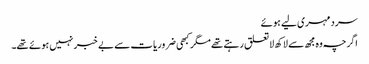
سرد مہری لیے ہوئے
اگرچہ وہ مجھ سے لاکھ لاتعلق رہتے تھے مگر کبھی ضروریات سے بے خبر نہیں ہوئے تھے۔